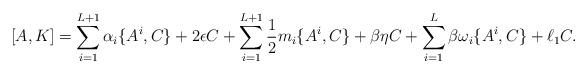
LaTeX: \begin{align*}[A,K] &= \sum_{i=1}^{L+1}\alpha_i\{A^i,C\} + 2\epsilon C + \sum_{i=1}^{L+1}\frac12 m_i\{A^i,C\} +\beta\eta C + \sum_{i=1}^{L}\beta\omega_{i}\{A^{i},C\}+\ell_1 C.\end{align*}